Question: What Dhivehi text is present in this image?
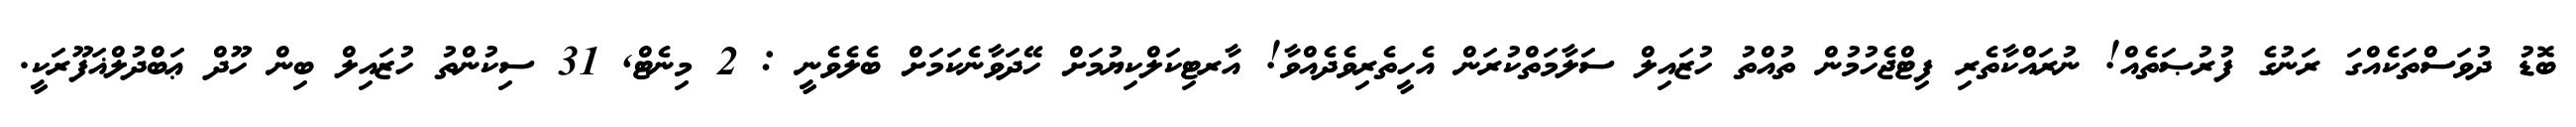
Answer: ބޮޑު ދުވަސްތަކެއްގަ ރަނުގެ ފުރުޞަތެއް! ނުރައްކާތެރި ފިޓްޖެހުމުން ތުއްތު ހުޒައިލް ސަލާމަތްކުރަން އެހީތެރިވެދެއްވާ! އާރޓިކަލްކިޔުމަށް ހޭދަވާނެކަމަށް ބެލެވެނީ : 2 މިނެޓް, 31 ސިކުންތު ހުޒައިލް ބިން ހޫދް ޢަބްދުލްޣަފޫރަކީ.